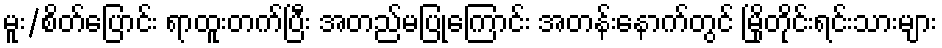
မူး/စိတ်ပြောင်း ရာထူးတက်ပြီး အတည်မပြုကြောင်း အတန်းနောက်တွင် မြိုတိုင်းရင်းသားများ